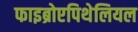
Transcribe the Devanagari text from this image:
फाइब्रोएपिथेलियल